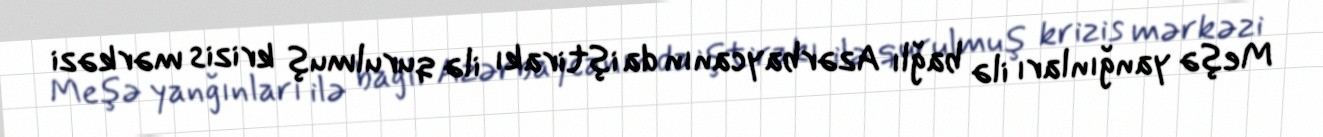
Meşə yanğınları ilə bağlı Azərbaycanın da iştirakı ilə qurulmuş krizis mərkəzi